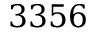
3 3 5 6